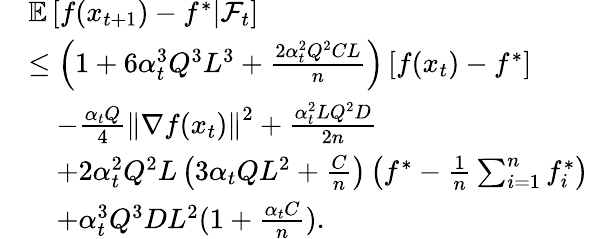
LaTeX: \begin{array}{rl}&{\mathbb{E}\left[f(x_{t+1})-f^{*}\middle|\mathcal{F}_{t}\right]}\\ &{\leq\left(1+6\alpha_{t}^{3}Q^{3}L^{3}+\frac{2\alpha_{t}^{2}Q^{2}CL}{n}\right)\left[f(x_{t})-f^{*}\right]}\\ &{\quad-\frac{\alpha_{t}Q}{4}\left\Vert\nabla f(x_{t})\right\Vert^{2}+\frac{\alpha_{t}^{2}LQ^{2}D}{2n}}\\ &{\quad+2\alpha_{t}^{2}Q^{2}L\left(3\alpha_{t}QL^{2}+\frac{C}{n}\right)\left(f^{*}-\frac{1}{n}\sum_{i=1}^{n}f_{i}^{*}\right)}\\ &{\quad+\alpha_{t}^{3}Q^{3}DL^{2}(1+\frac{\alpha_{t}C}{n}).}\end{array}